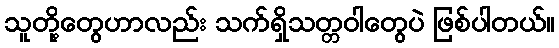
သူတို့တွေဟာလည်း သက်ရှိသတ္တဝါတွေပဲ ဖြစ်ပါတယ်။